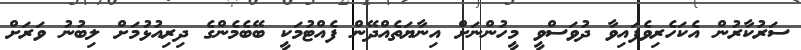
ސަރުކާރުން އެކަހެރިވެފައިވާ ދުވަސްވީ މީހުންނަށް އިނާޔަތެއްދޭން ފެއްޓުމަކީ ބޭބެމެންގެ ދިރިއުޅުމަށް ލިބުނު ވަރަށް